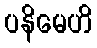
ပနိမေဟိ